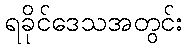
ရခိုင်ဒေသအတွင်း